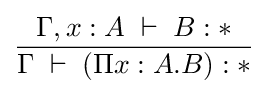
{\frac {\Gamma ,x:A\;\vdash \;B:*}{\Gamma \;\vdash \;(\Pi x:A.B):*}}